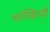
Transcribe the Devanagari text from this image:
चण्डियों